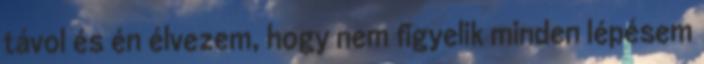
távol és én élvezem, hogy nem figyelik minden lépésem